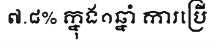
៧.៨% ក្នុង១ឆ្នាំ ការប្រើ